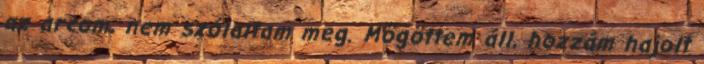
az arcom, nem szólaltam meg. Mögöttem áll, hozzám hajolt